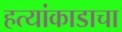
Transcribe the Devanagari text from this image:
हत्यांकाडाचा